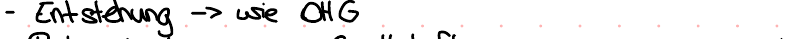
- Entstehung -> wie OHG